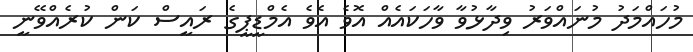
މުހައްމަދު މުނައްވަރު ވިދާޅުވާ ވާހަކައެއް އޮވެ އެވެ އެމްޑީޕީގެ ރައީސް ކަން ކުރެއްވޭނީ